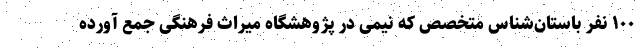
۱۰۰ نفر باستان‌شناس متخصص که نیمی در پژوهشگاه میراث فرهنگی جمع آورده